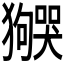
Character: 𬍌